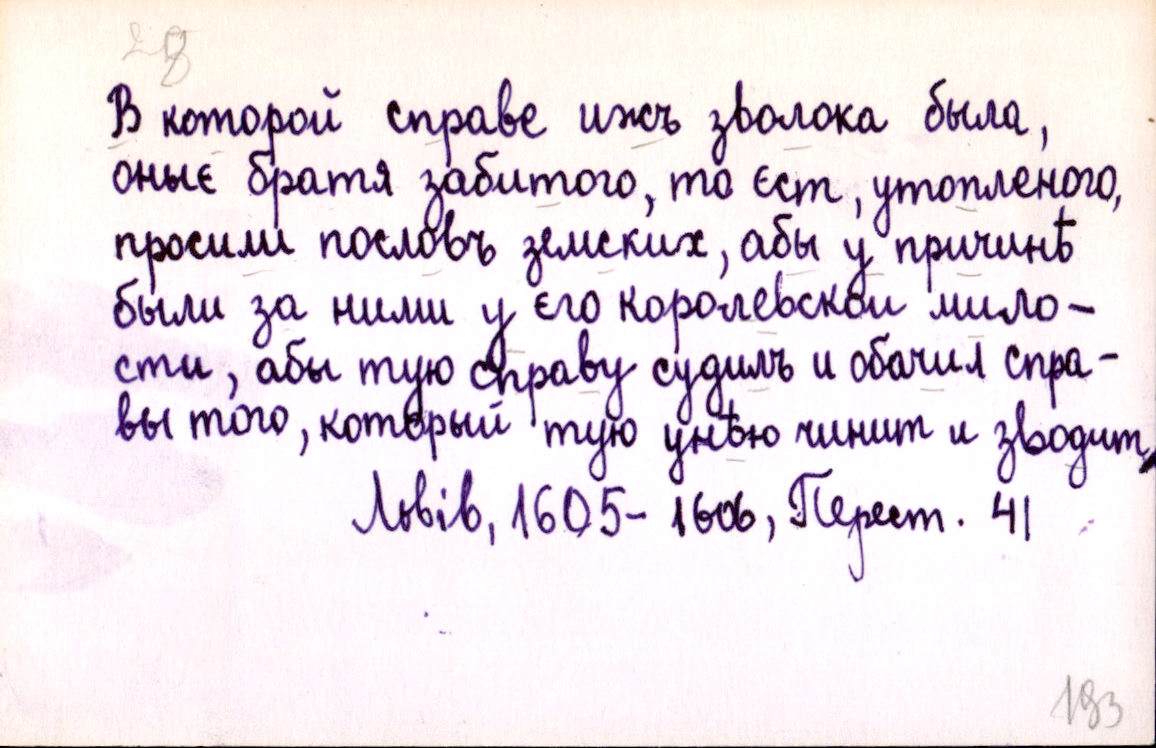
В которой справе ижъ зволока была,
оныє братя забитого, то єст, утопленого,
просили пословъ земских, абы у причинѣ
были за ними у єго королевскои мило-
сти, абы тую справу судилъ и обачил спра-
вы того, который тую унѣю чинит и зводит,
Львів, 1605-1606, Перест. 41.